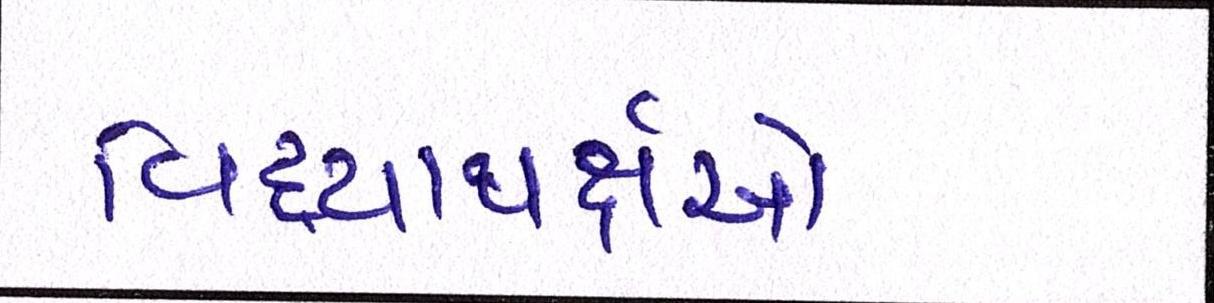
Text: વિદ્યાથર્ક્ષઓ